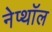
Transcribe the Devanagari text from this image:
नेप्थॉल